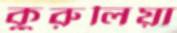
কুরুলিয়া